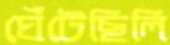
ঘেঁটেছিলি